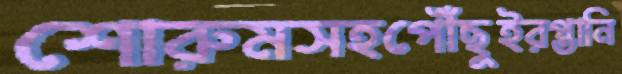
শোরুমসহপৌঁছুইরপ্তানি